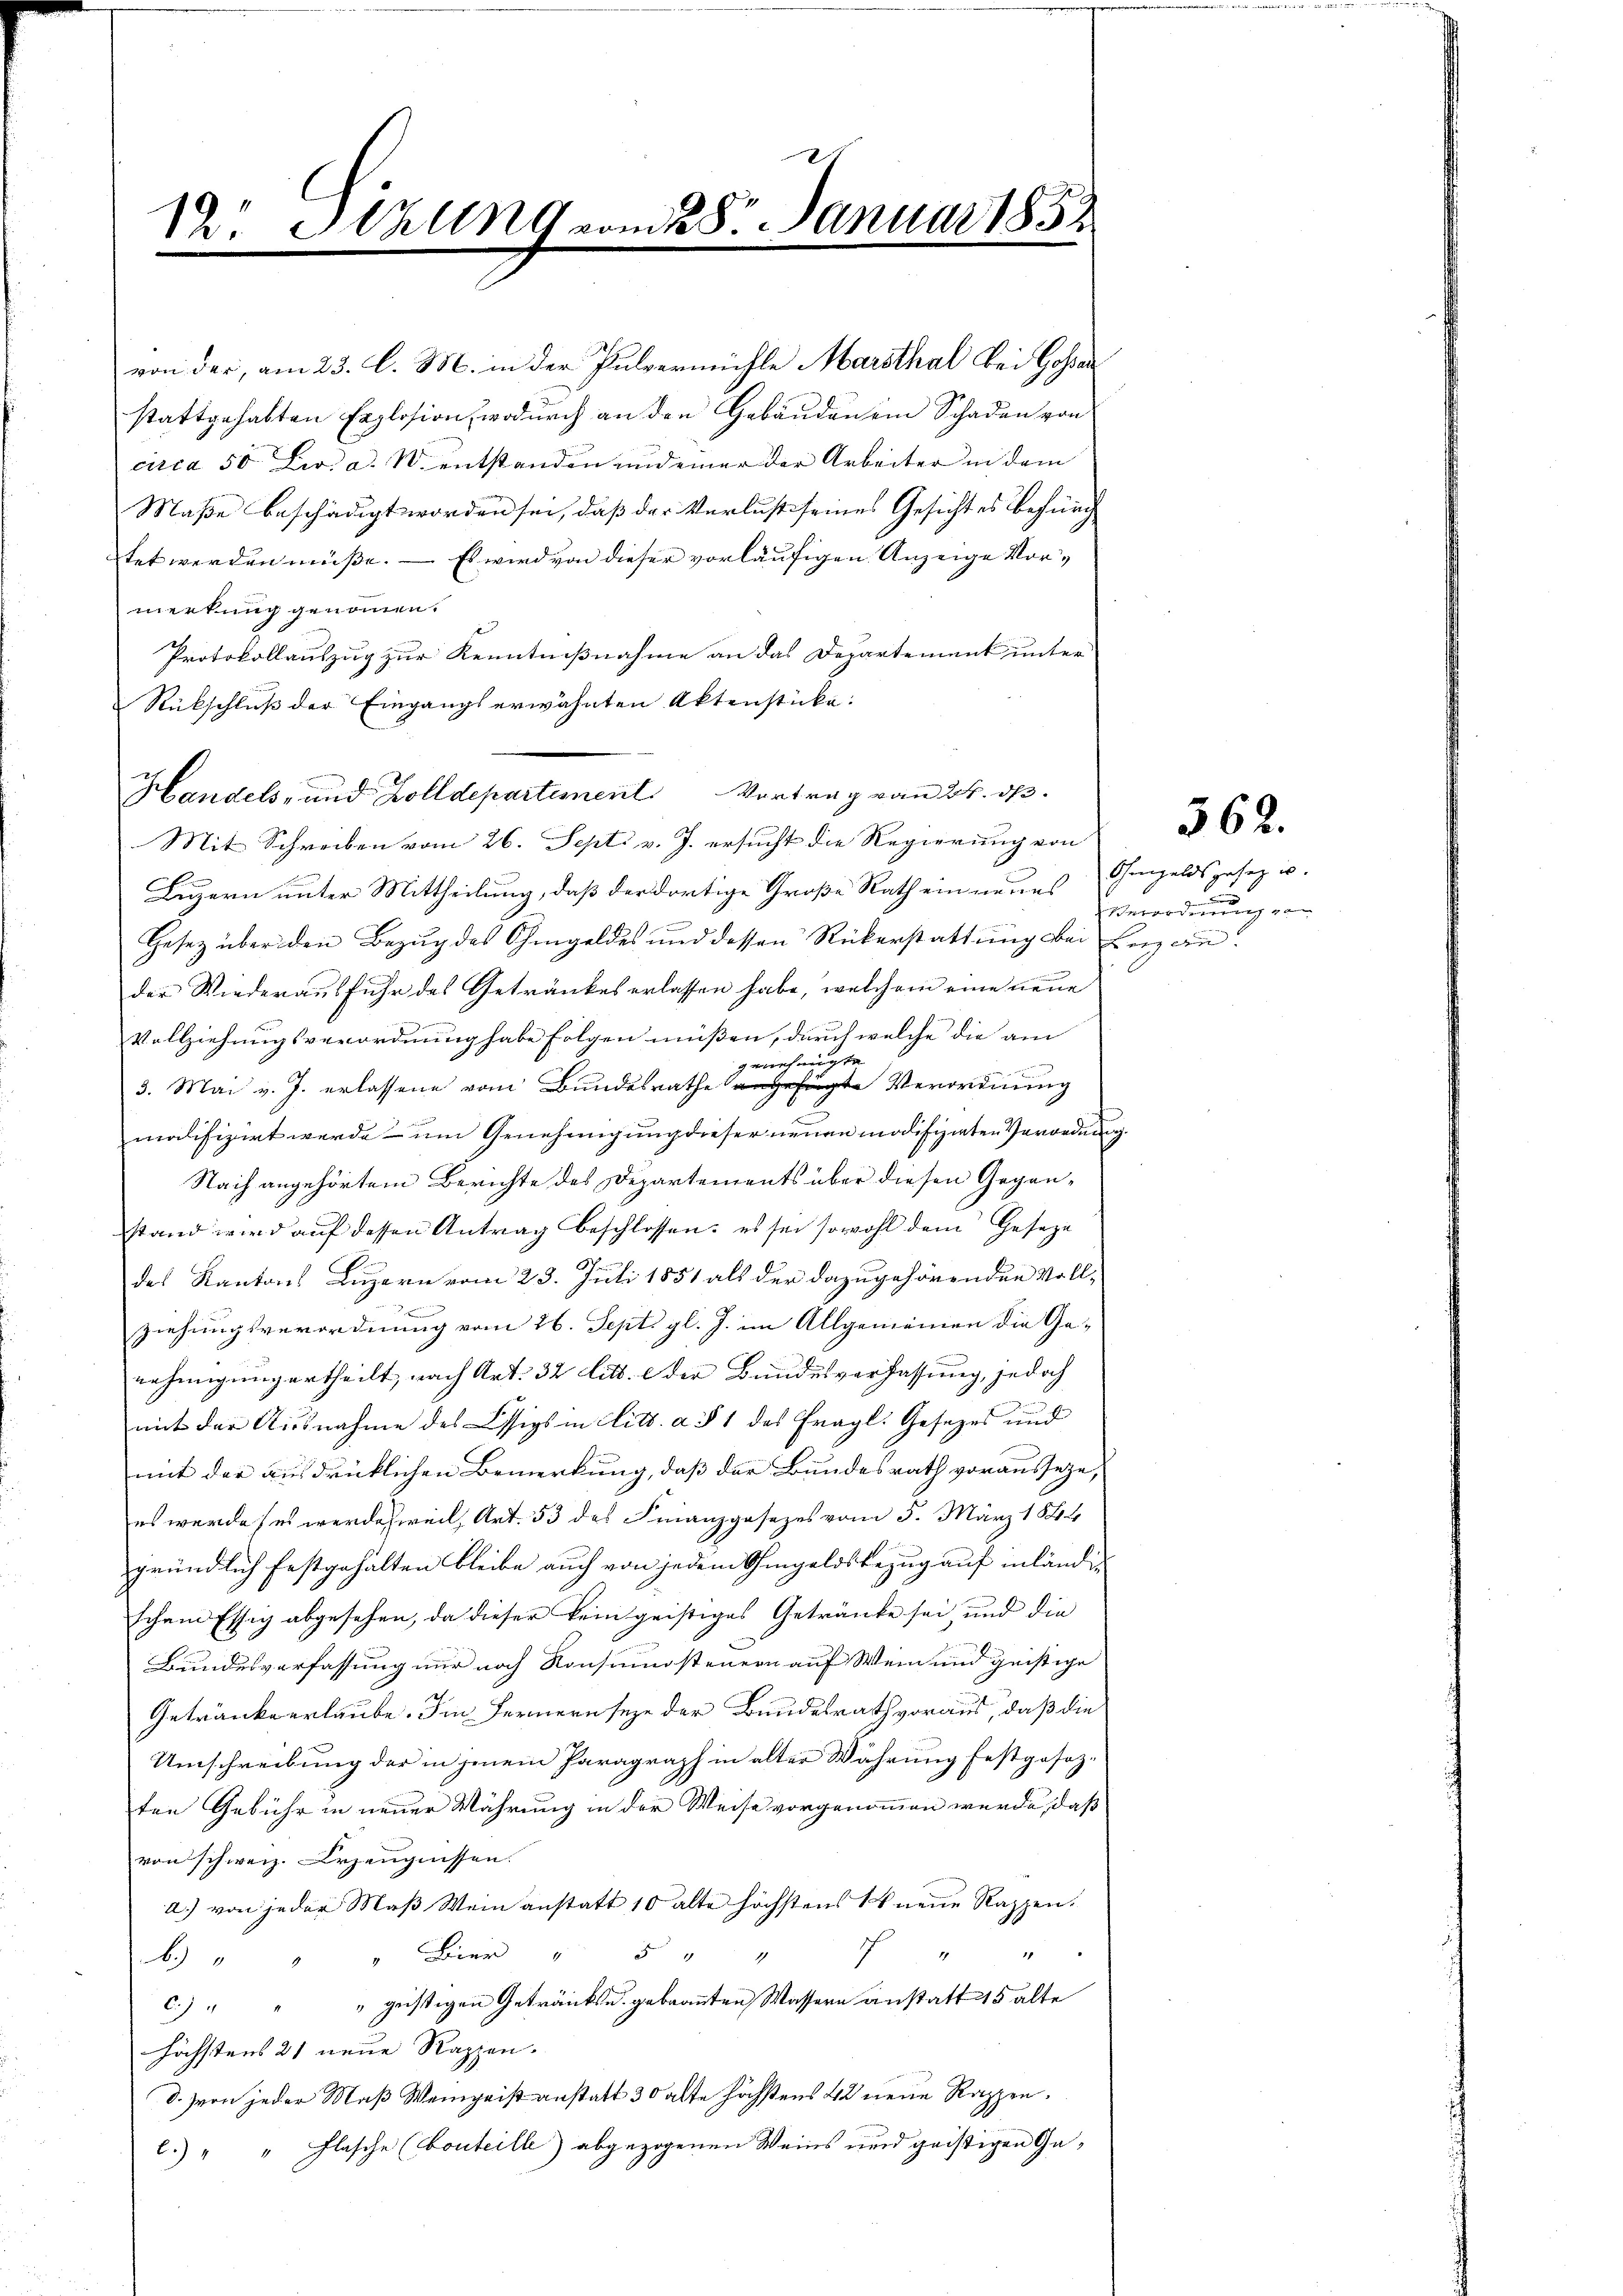
12. Sitzung vom 28. Januar 1852

Handels- und Zolldepartement Vortrag vom 24. dß.

von der, am 23. l. M. in der Pulvermühle Marsthal bei Gossar
stattgehabten Explosion, wodurch an den Gebäuden ein Schaden von
circa 50 Zw. a. W. entstanden und einer der Arbeiter in dem
Maße beschädigt worden sei, daß der Verlust seines Gesicht es Befürg
tet werden müsse. — Es wird von dieser vorläufigen Anzeige Vormerkung genommen.
Protokollauszug zur Kenntnißnahme an das Departement unter
Rückschluß der Eingangs erwähnten Aktenstücke.
Mit Schreiben vom 26. Sept. v. J. ersucht die Regierung von
Luzern unter Mittheilung, daß der dortige Große Rath ein neues Ohmgeldspesez u.
Gesetz über den Bezŭg des Ohmgeldes und dessen Rükerstattŭng bei Lenz ander Wiederausfuhr des Getränkes erlassen habe, welchem eine neue
Vollziehungsverordnung habe folgen müssen, durch welche die am
genehmigte
3. Mai v. J. erlassene vom Bundesrathe angefügte Verordnung
modifizirt werde - um Genehmigung dieser neuen modifizierten Verordnung.
Nach angehörtem Berichte des Departements über diesen Gegenstand wird auf dessen Antrag beschlossen: es sei sowohl dem Geseze
des Kantons Luzern vom 23. Juli 1851 als der dazugehörenden Vollziehungsverordnung vom 26. Sept. gl. J. im Allgemeinen die Genehmigung ertheilt, nach Art. 32 litt. e der Bundesverfassung, jedoch
mit der Ausnahme des Essigs in Litt. a. § 1 des fragl. Gesetzes und
mit der ausdrücklichen Bemerkung, daß der Bundesrath vorausseze,
es werde (es werde weil, Art. 53 des Finanzgesezes vom 5. März 1844
gründlich festgehalten bleibe auch von jedem Ohmgeldsbezug auf inländischem Essig abgesehen, da dieser kein geistiges Getränke sei, und die
Bundesverfassung nur noch Konsumsteuern auf Wein und geistige
Getränke erlaube. Im Fernern seye der Bundesrath voraus, daß die
Umschreibung der in jenem Paragraph in alter Währung festgesezten Gebühr in neuer Währung in der Weise vorgenommen wurde, daß
von schweiz. Erzeugnissen.
a.) von jeder Maß Weinanstatt 10 alte höchstens 1 neue Rappen.
1
1
 " " " Bier " 5 "
c.) " " " geistigen Getränks u. gebrannten Wassern anstatt 15 alte
höchstens 21 neue Rappen.
d. von jeder Maß Weingeist anstatt 30 alte höchstens 42 neue Rappen.
l.) " " Flasche (bouteille abgezogenen Weins und geistigen Ga¬

562.

Verordnung von